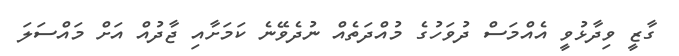
ގާޒީ ވިދާޅުވީ އެއްމަސް ދުވަހުގެ މުއްދަތެއް ނުދެވޭނެ ކަމަށާއި ޖާދުއް އަށް މައްސަލަ